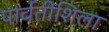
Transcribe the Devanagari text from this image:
पार्वतीशिला